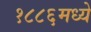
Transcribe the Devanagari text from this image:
१८८६मध्ये